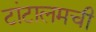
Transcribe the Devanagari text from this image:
टांटालमची